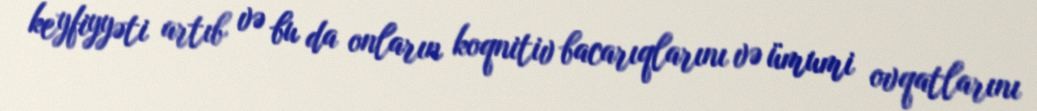
keyfiyyəti artıb və bu da onların koqnitiv bacarıqlarını və ümumi ovqatlarını